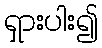
ရှားပါး၍